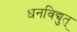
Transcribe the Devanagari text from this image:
धनविद्युत्